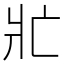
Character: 𭶿